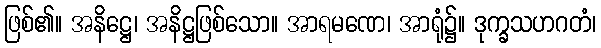
ဖြစ်၏။ အနိဋ္ဌေ၊ အနိဋ္ဌဖြစ်သော။ အာရမဏေ၊ အာရုံ၌။ ဒုက္ခသဟဂတံ၊